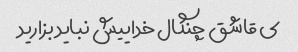
ی قاشق چنگال خداییش نباید بزارید